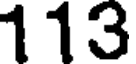
113